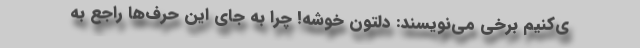
ی‌کنیم برخی می‌نویسند: دلتون خوشه! چرا به جای این حرف‌ها راجع به